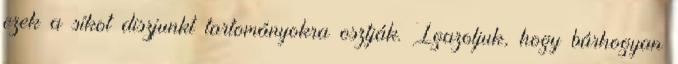
ezek a síkot diszjunkt tartományokra osztják. Igazoljuk, hogy bárhogyan